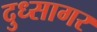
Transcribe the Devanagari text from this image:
दुध्सागर